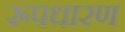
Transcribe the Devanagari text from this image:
रूपधारण